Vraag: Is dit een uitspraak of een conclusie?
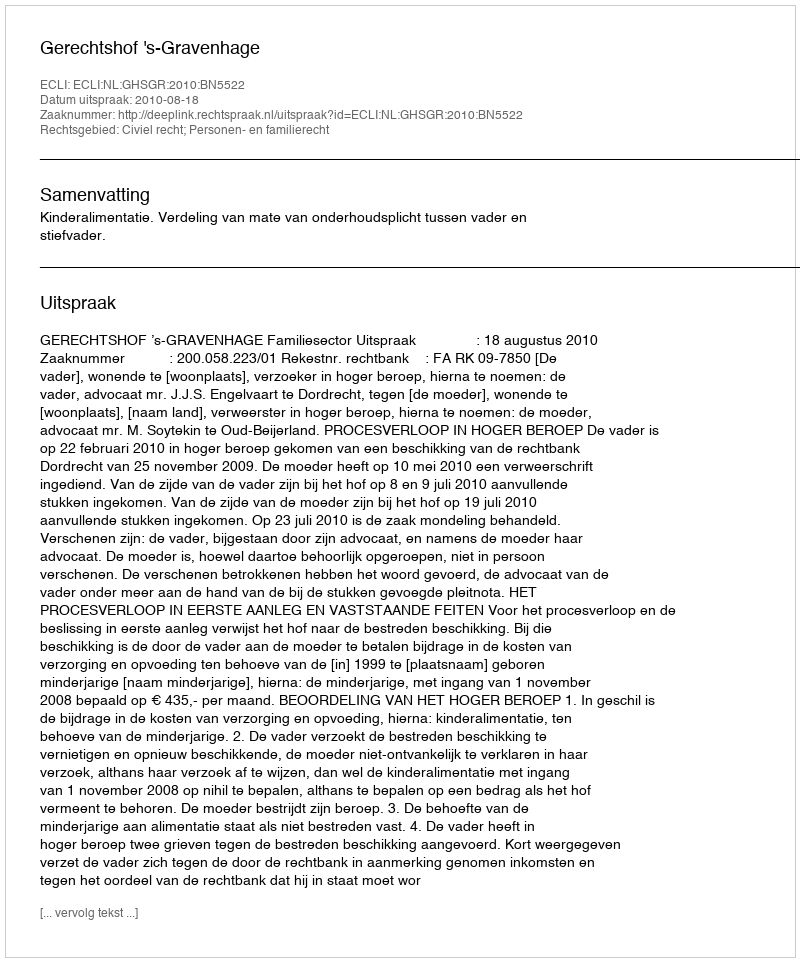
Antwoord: Uitspraak